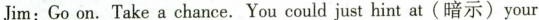
Jim:Go on.Take a chance. You could just hint at (暗示) your